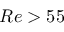
R e > 5 5